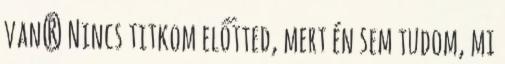
van? Nincs titkom előtted, mert én sem tudom, mi